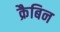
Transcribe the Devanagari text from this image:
क्रैबिन